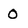
Character: 0